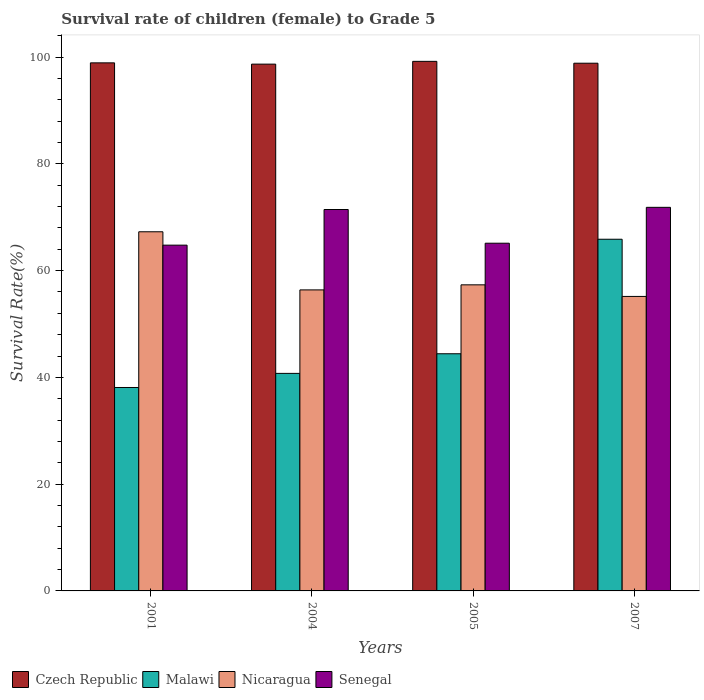
| Years | Czech Republic | Malawi | Nicaragua | Senegal |
 | --- | --- | --- | --- | --- |
 | 2001 | 98.9 | 38.1 | 67.3 | 64.8 |
 | 2004 | 98.7 | 40.7 | 56.4 | 71.4 |
 | 2005 | 99.2 | 44.4 | 57.3 | 65.1 |
 | 2007 | 98.9 | 65.9 | 55.2 | 71.9 |